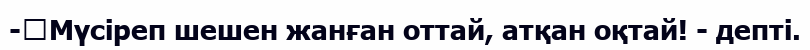
-	Мүсіреп шешен жанған оттай, атқан оқтай! - депті.